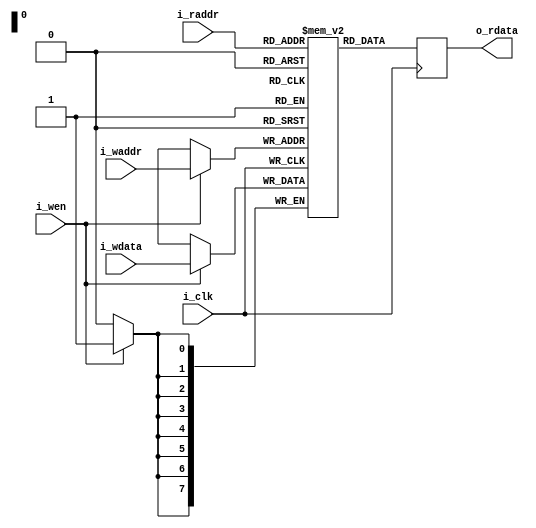
/* serving_ram.v : I/D SRAM for the serving SoC
 *
 * ISC License
 *
 * Copyright (C) 2020 Olof Kindgren <olof.kindgren@gmail.com>
 *
 * Permission to use, copy, modify, and/or distribute this software for any
 * purpose with or without fee is hereby granted, provided that the above
 * copyright notice and this permission notice appear in all copies.
 *
 * THE SOFTWARE IS PROVIDED "AS IS" AND THE AUTHOR DISCLAIMS ALL WARRANTIES
 * WITH REGARD TO THIS SOFTWARE INCLUDING ALL IMPLIED WARRANTIES OF
 * MERCHANTABILITY AND FITNESS. IN NO EVENT SHALL THE AUTHOR BE LIABLE FOR
 * ANY SPECIAL, DIRECT, INDIRECT, OR CONSEQUENTIAL DAMAGES OR ANY DAMAGES
 * WHATSOEVER RESULTING FROM LOSS OF USE, DATA OR PROFITS, WHETHER IN AN
 * ACTION OF CONTRACT, NEGLIGENCE OR OTHER TORTIOUS ACTION, ARISING OUT OF
 * OR IN CONNECTION WITH THE USE OR PERFORMANCE OF THIS SOFTWARE.
 */

`default_nettype none
module serving_ram
  #(//Memory parameters
    parameter depth = 256,
    parameter aw    = $clog2(depth),
    parameter memfile = "")
   (input wire		i_clk,
    input wire [aw-1:0]	i_waddr,
    input wire [7:0]	i_wdata,
    input wire		i_wen,
    input wire [aw-1:0]	i_raddr,
    output reg [7:0]	o_rdata);

   reg [7:0]		mem [0:depth-1] /* verilator public */;

   always @(posedge i_clk) begin
      if (i_wen) mem[i_waddr]   <= i_wdata;
      o_rdata <= mem[i_raddr];
   end

   initial
     if(|memfile) begin
	$display("Preloading %m from %s", memfile);
	$readmemh(memfile, mem);
     end
endmodule